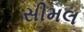
સીમલ